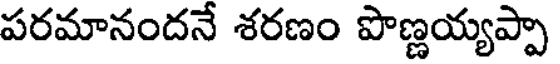
పరమానందనే శరణం పొణ్ణయ్యప్పా